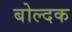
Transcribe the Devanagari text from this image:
बोल्दक